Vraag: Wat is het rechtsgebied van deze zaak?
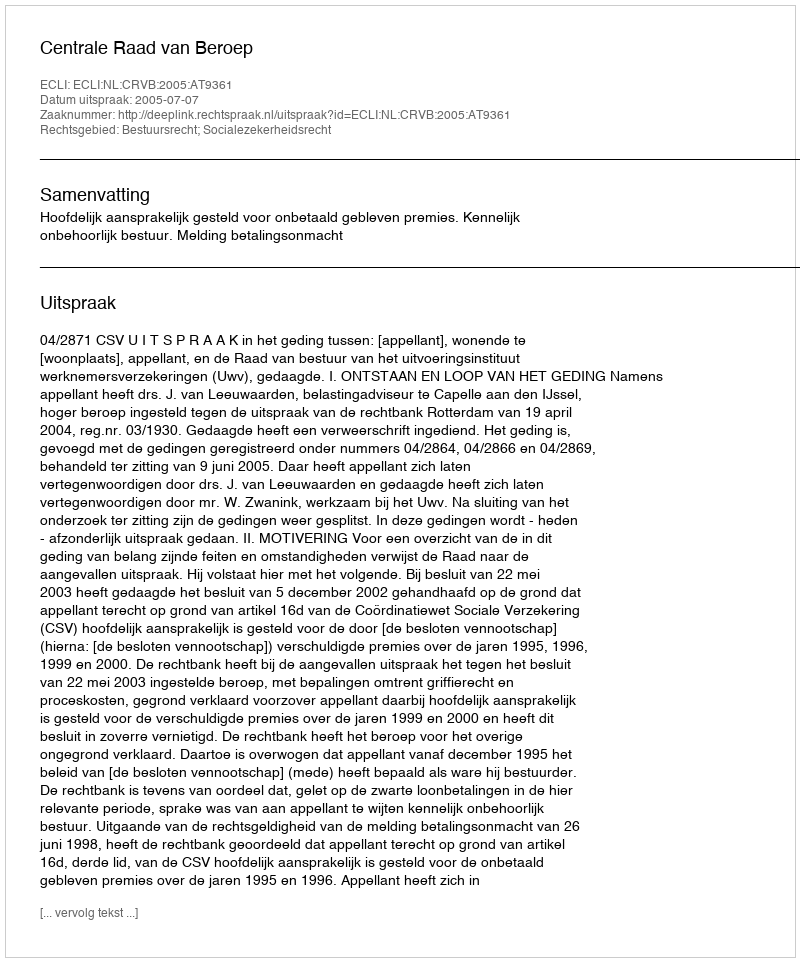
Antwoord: Bestuursrecht; Socialezekerheidsrecht